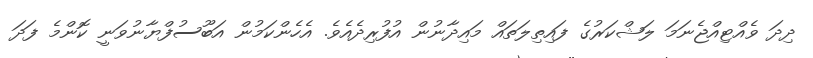
ދިދަ ވެއްޓިއްޖެނަމަ ލަޝްކަރުގެ ފައިތިލަތައް މައިދާނުން އުފުރިދެއެވެ. އެހެންކަމުން އަބޫސުފްޔާނުވަނީ ކޮންމެ ފަދަ